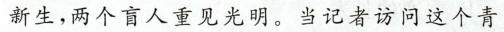
新生，两个商人重见光明，当记者访问这个青